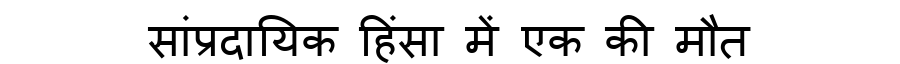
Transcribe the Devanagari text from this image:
सांप्रदायिक हिंसा में एक की मौत